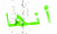
أنها